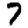
Digit: 7